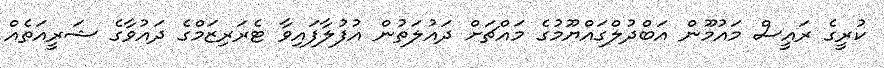
ކުރީގެ ރައީސް މައުމޫން އަބްދުލްގައްޔޫމުގެ މައްޗަށް ދައުލަތުން އުފުލާފައިވާ ޓެރަރިޒަމްގެ ދައުވާގެ ޝަރީއަތެއް